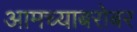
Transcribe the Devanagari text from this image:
आमच्याबरोबर